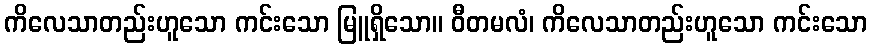
ကိလေသာတည်းဟူသော ကင်းသော မြူရှိသော။ ဝီတမလံ၊ ကိလေသာတည်းဟူသော ကင်းသော